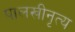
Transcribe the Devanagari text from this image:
पालखीनृत्य